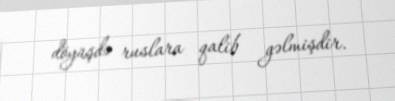
döyüşdə ruslara qalib gəlmişdir.